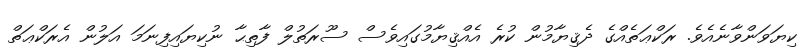
ކިޔަވަންވާނެއެވެ. ރަކްޢަތެއްގެ ދެޤިޔާމުން ކުރެ އެއްޤިޔާމުގައިވެސް ސޫރަތުލް ފާތިޙާ ނުކިޔައިފިނަމަ އަލުން އެރަކްޢަތް